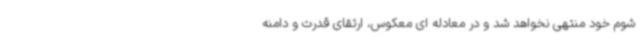
شوم خود منتهی نخواهد شد و در معادله ای معکوس، ارتقای قدرت و دامنه